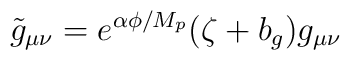
\tilde{g}_{\mu\nu}=e^{\alpha\phi/M_{p}}(\zeta +b_{g})g_{\mu\nu}